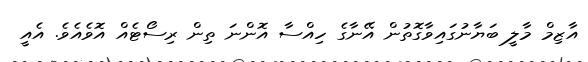
އާޒިމް މާލީ ބަޔާނުގައިވާގޮތުން އޭނާގެ ހިއްސާ އޮންނަ ތިން ރިސޯޓެއް އޮވެއެވެ. އެއީ